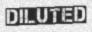
DILUTED